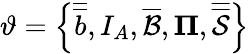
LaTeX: \vartheta=\left\{ \overline{{\overline{{b}}}},I_{A},\overline{{\mathcal{B}}},\mathbf{\Pi},\overline{{\overline{{\mathcal{S}}}}}\right\}